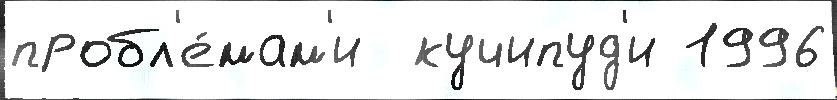
пробл'е́мам'и  кучипуд'и 1996